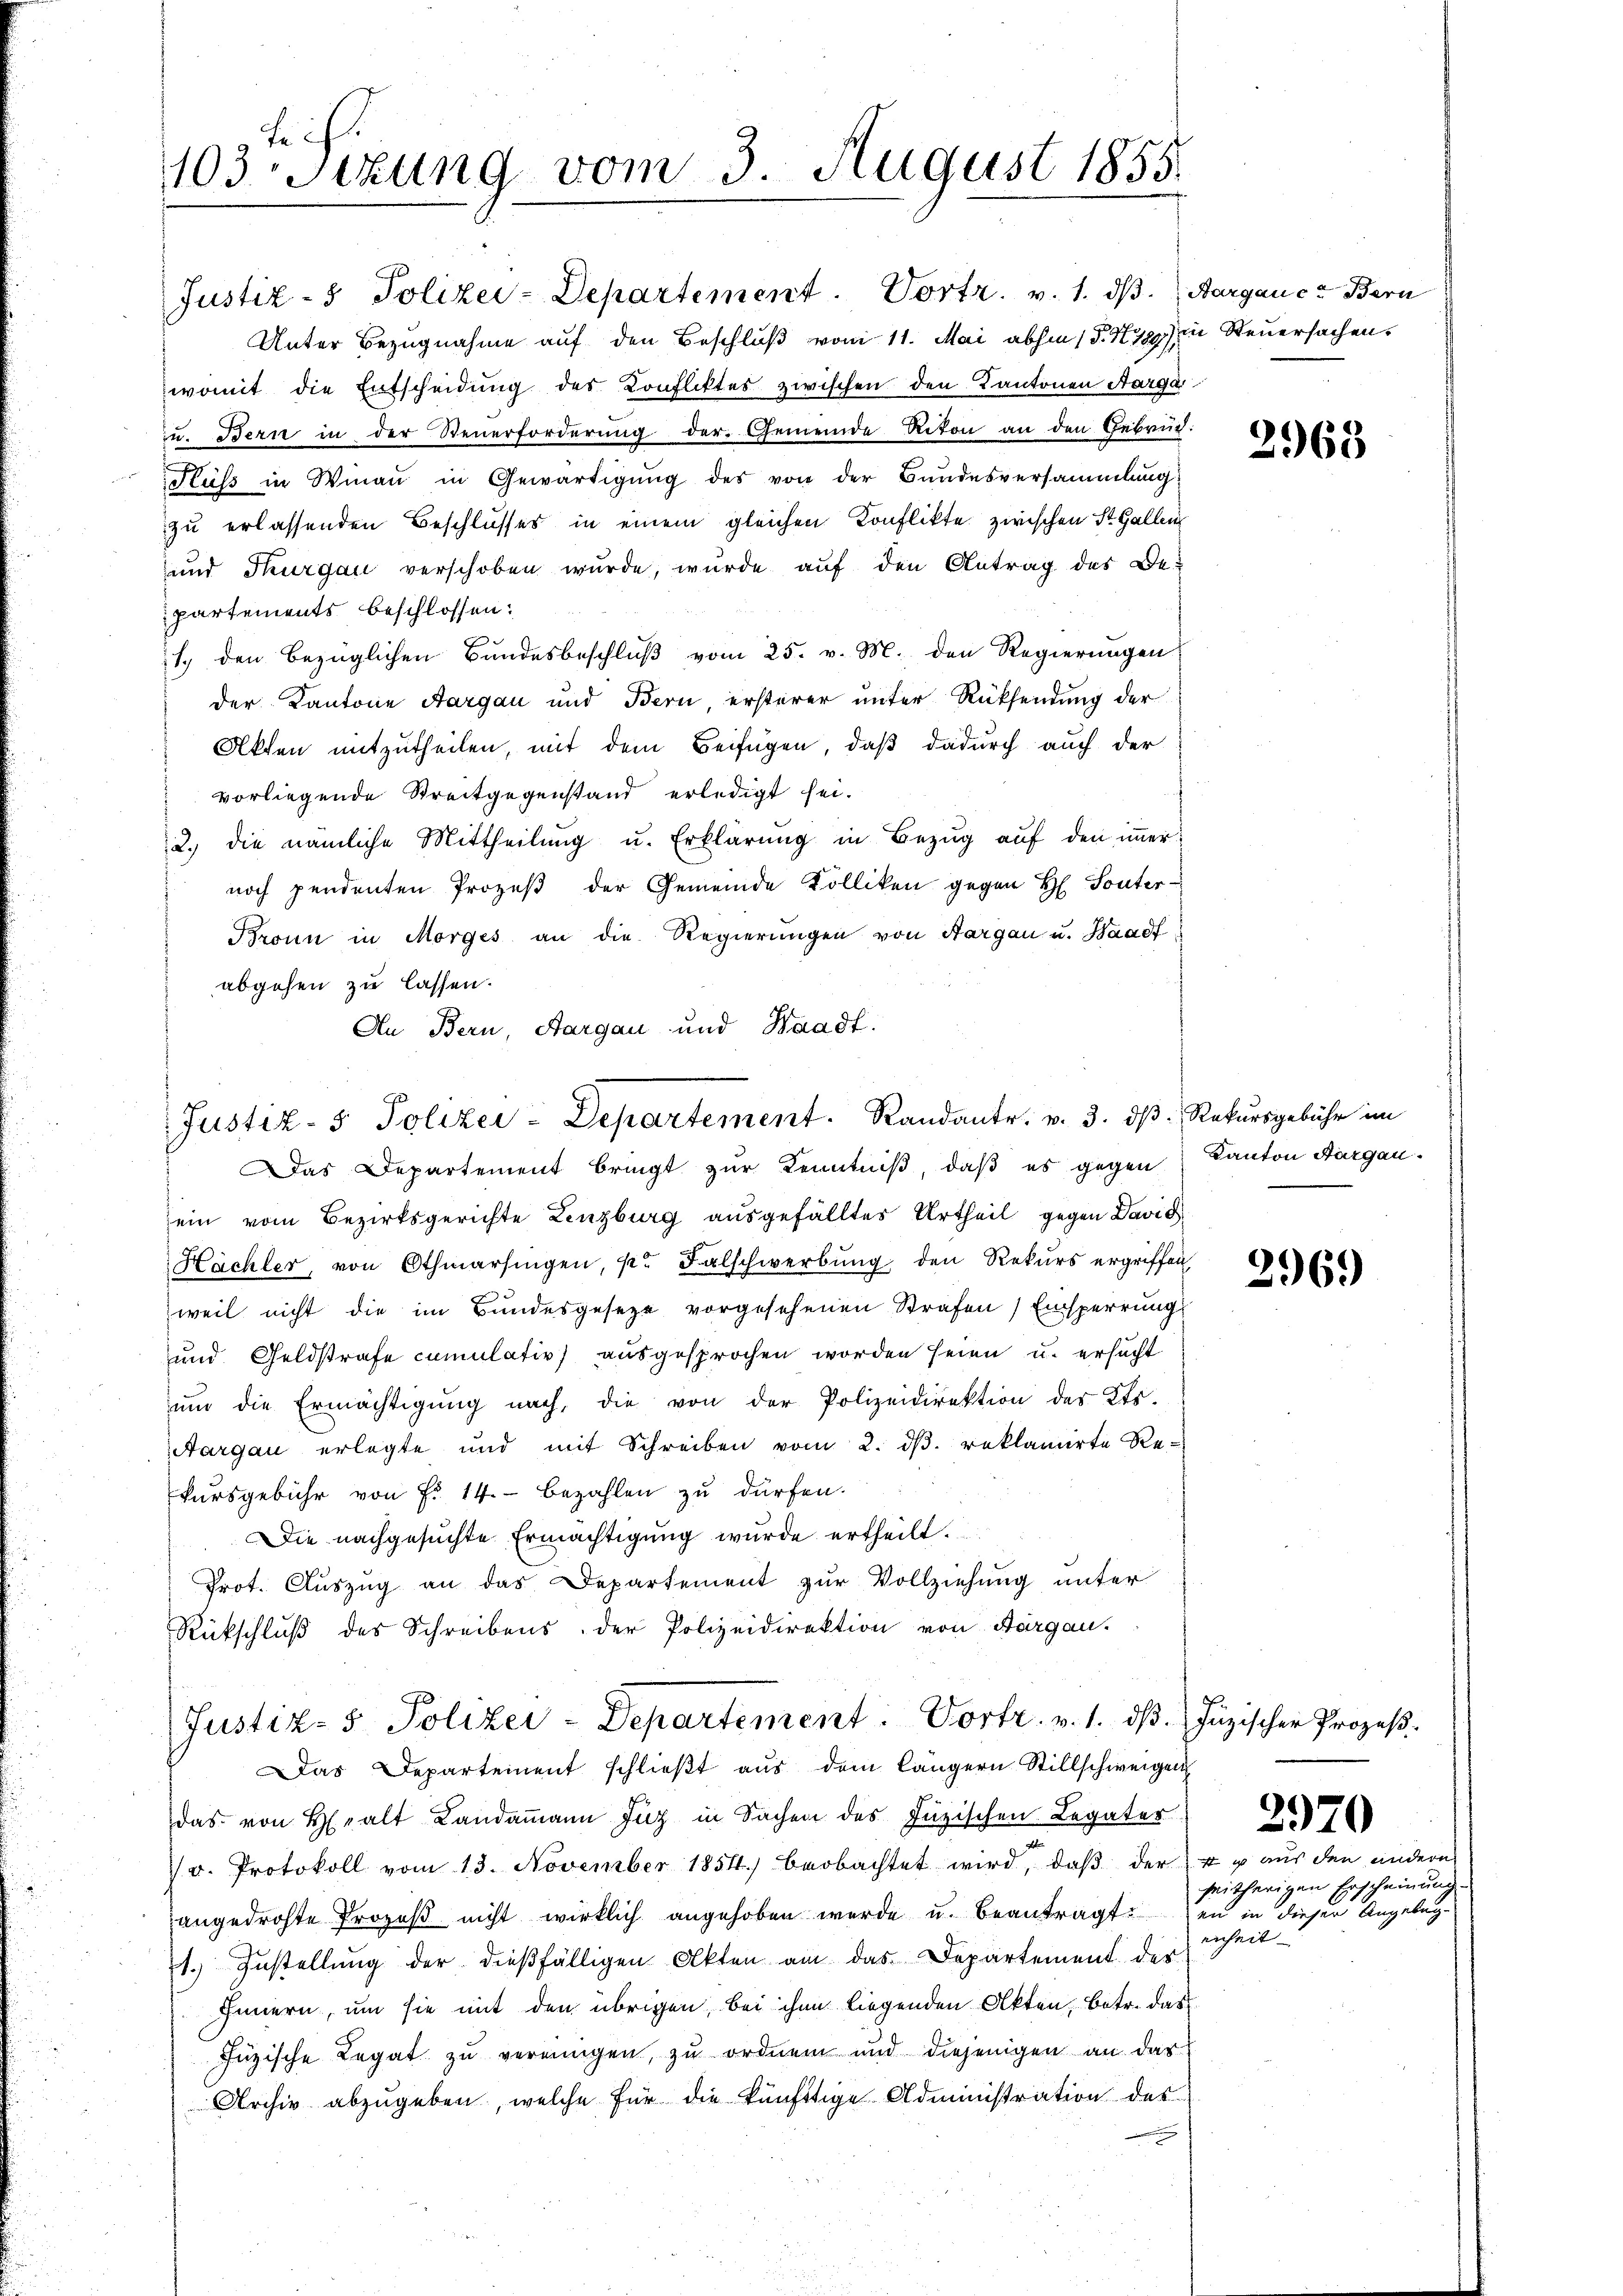
teif
1103 Sizung vom 3. August 1855.

Justiz- & Polizei-Departement. Vortr. v. 1. ds. Aargauer Bern
Unter Bezugnahme auf den Beschluß vom 11. Mai abhin (§. 1789 in Steuersachen.
womit die Entscheidung des Konfliktes zwischen den Kantonen Aarga
u. Bern in der Steuerforderung der Gemeinde Riton an den Gebrüd
Fluss in Winau in Gewärtigung des von der Bundesversammlung
zu erlassenden Beschlusses in einem gleichen Conflikte zwischen St. Gallen
und Thurgau verschoben wurde, wurde aŭf den Antrag des Be-
partements beschlossen:
e
1. den bezüglichen Bundesbeschluß vom 25. v. M. den Regierungen
der Kantone Aargau und Bern, ersterer unter Rücksendung der
Akten mitzutheilen, mit dem Beifügen, daß dadurch auch der
 vorliegende Streitgegenstand erledigt sei.
2.) die nämliche Mittheilung u. Erklärung in Bezug auf den immernoch pendenten Prozeß der Gemeinde Kolliken gegen H Souter-
Bronn in Morges an die Regierungen von Aargau u. Waadt
abgehen zu lassen.
An Bern, Aargau und Waadt.

Justiz- & Polizei-Departement. Randante. v. 3. ds Rekursgebühr im

Justiz- & Polizei-Departement: Vortr. v. 1. ds.
Das Departement schließt aus dem längern Stillschweigen

Das Departement bringt zur Kenntniß, daß es gegen Kanton Aargau.
sein vom Bezirksgerichte Lenzburg ausgefälltes Urtheil gegen David
Hächler, von Othmarsingen, pr Falschwerbŭng den Rekurs ergriffen
weil nicht die im Bundesgesezt vorgesehenen Strafen) Einsperrung
und Geldstrafe cumulativ ausgesprochen worden seien u. ersucht
ŭm die Ermächtigŭng nach, die von der Polizeidirektion des Kts.
Aargau erlegte und mit Schreiben vom 2. dβ. reklamirte Re-
kursgebühr von Fr. 14. bezahlen zu dürfen.
Die nachgesuchte Ermächtigung wurde ertheilt.
Prot. Auszug an das Departement zur Vollziehung unter
Rückschluß des Schreibens der Polizeidirektion von Aargau.

das von Halt Landammann Zug in Sachen des Inzischen Legates
7 u. Protokoll vom 13. November 1854.) beobachtet wird, daß der u u aus den andern
angedrohte Prozeß nicht wirklich angehoben werde u. beantragten in dieser Angeleg¬
1.) Zustellung der dießfälligen Akten am das Departement der
Innern, um sie mit den übrigen, bei ihm liegenden Akten, betr. das
Juzische Legat zu vereinigen, zu ordnen und diejenigen an das
Archiv abzugeben, welche für die künftige Administration des

2963

2969

Juzischer Prozeß.

2970

seitherigen Erscheinung
enheit